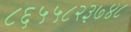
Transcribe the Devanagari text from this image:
८६५५८२३७४८